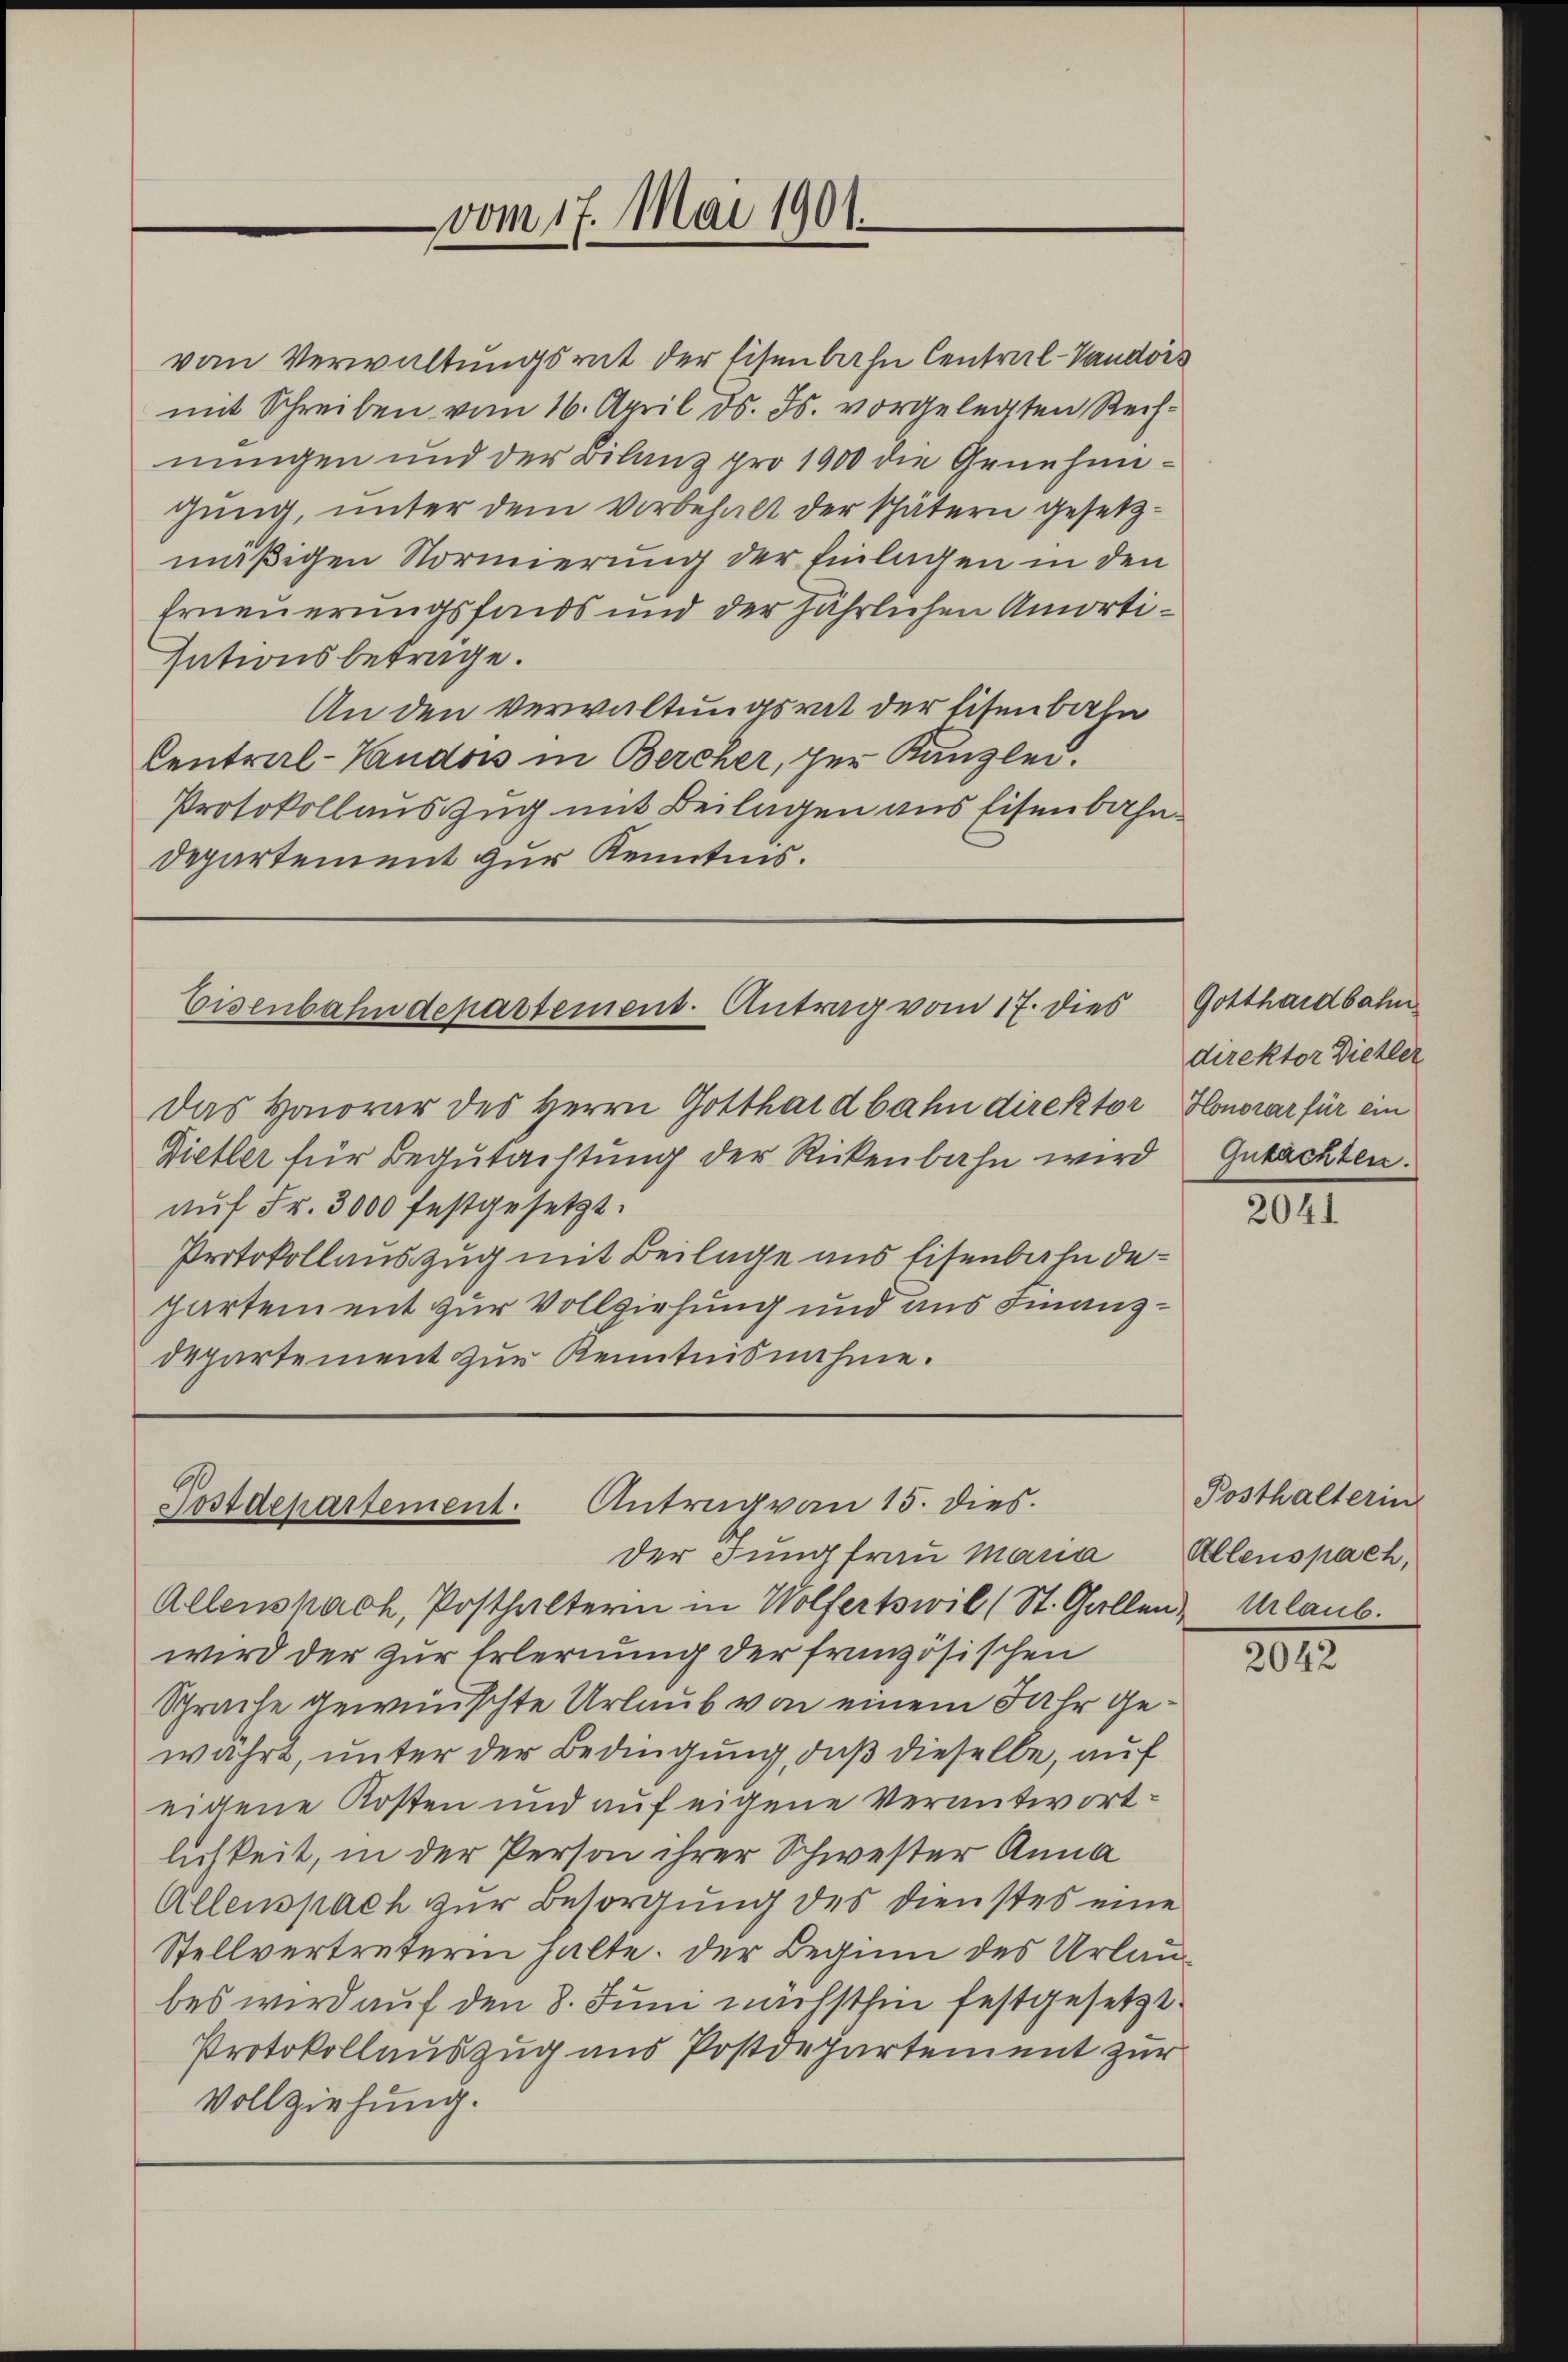
vom Verwaltungsrat der Eisenbahn Central-Vaudois
mit Schreiben vom 16. April d. Js. vorgelegten Rechnungen und der Bilanz pro 1900 die Genehmigung, unter dem Vorbehalt der spätern gesetzmäßigen Normierung der Einlagen in den
Erneuerungsfonds und der jährlichen Amortisationsbetrage.
An den Verwaltungsrat der Eisenbahn
Central-Vaudois in Bercher, per Kanzlei.
Protokollauszug mit Beilagen aus Eisenbahn¬
Departement zur Kenntnis.

vom 17. Mai 1901.

Eisenbahndepartement. Antrag vom 17. dies

Antrag von 15. dies
Postdepartement.
der Jungfrau Maria Allenspach,

Das Honorar des Herrn Gotthardbahn direktor Honorar für ein
Dietler für Begutachtung der Rickenbahn wird Gutachten.
aŭf Fr. 3000 festgesetzt.
Protokollauszug mit Beilage aus Eisenbahn dehartement zur Vollziehung und aus Finanzdepartement zur Kenntnisnahme.

Allenskach, Posthaltern in Wolfertswil (St. Gallen,
wird der zur Erlernung der französischen
Sprache gewünschte Urlaub von einem Jahr gewahrt, unter der Bedingung, daß dieselbe, auf
eigene Kosten und auf eigene Verantwortlichkeit, in der Person ihrer Schwester Anna
Allenspach zur Besorgung des Dienstes eine
Stellvertreterin halte. Der Beginn des Urlaubes wird auf den 8. Juni nächsthin festgesetzt.
Protokollauszug aus Postdepartement zur
Vollziehung.

Gotthardbahn
direktor Diehler

2041

Posthalterin
Urlaub.

2042